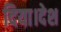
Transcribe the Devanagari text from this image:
दिया।देश